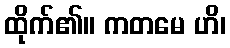
ထိုက်၏။ ကတမေ ဟိ၊